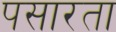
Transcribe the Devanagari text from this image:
पसारता